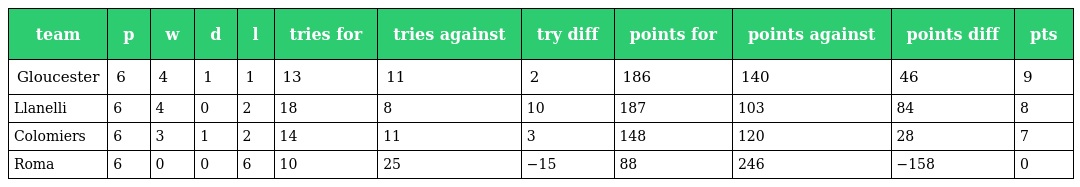
| team | p | w | d | l | tries for | tries against | try diff | points for | points against | points diff | pts |
 | --- | --- | --- | --- | --- | --- | --- | --- | --- | --- | --- | --- |
 | Gloucester | 6 | 4 | 1 | 1 | 13 | 11 | 2 | 186 | 140 | 46 | 9 |
 | Llanelli | 6 | 4 | 0 | 2 | 18 | 8 | 10 | 187 | 103 | 84 | 8 |
 | Colomiers | 6 | 3 | 1 | 2 | 14 | 11 | 3 | 148 | 120 | 28 | 7 |
 | Roma | 6 | 0 | 0 | 6 | 10 | 25 | −15 | 88 | 246 | −158 | 0 |